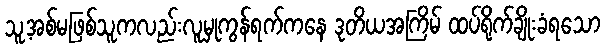
သူ့အစ်မဖြစ်သူကလည်းလူမှုကွန်ရက်ကနေ ဒုတိယအကြိမ် ထပ်ရိုက်ချိုးခံရသော